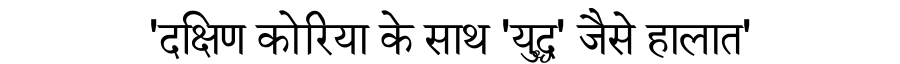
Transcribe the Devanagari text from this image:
'दक्षिण कोरिया के साथ 'युद्ध' जैसे हालात'